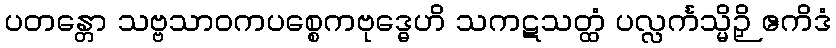
ပတန္တော သဗ္ဗသာဝကပစ္စေကဗုဒ္ဓေဟိ သကဋသတ္ထံ ပလ္လင်္ကသ္မိဉှိ ဧကိဒံ